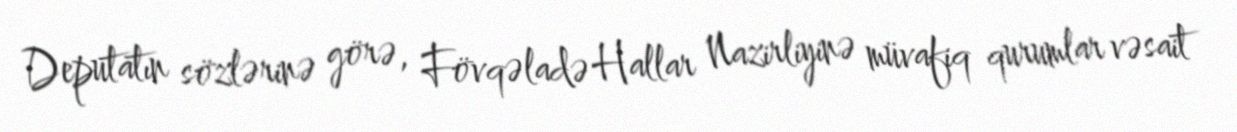
Deputatın sözlərinə görə, Fövqəladə Hallar Nazirliyinə müvafiq qurumlar vəsait